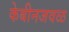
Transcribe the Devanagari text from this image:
केबीनजवळ